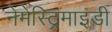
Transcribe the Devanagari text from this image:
नेमेस्ट्रिमाइडी